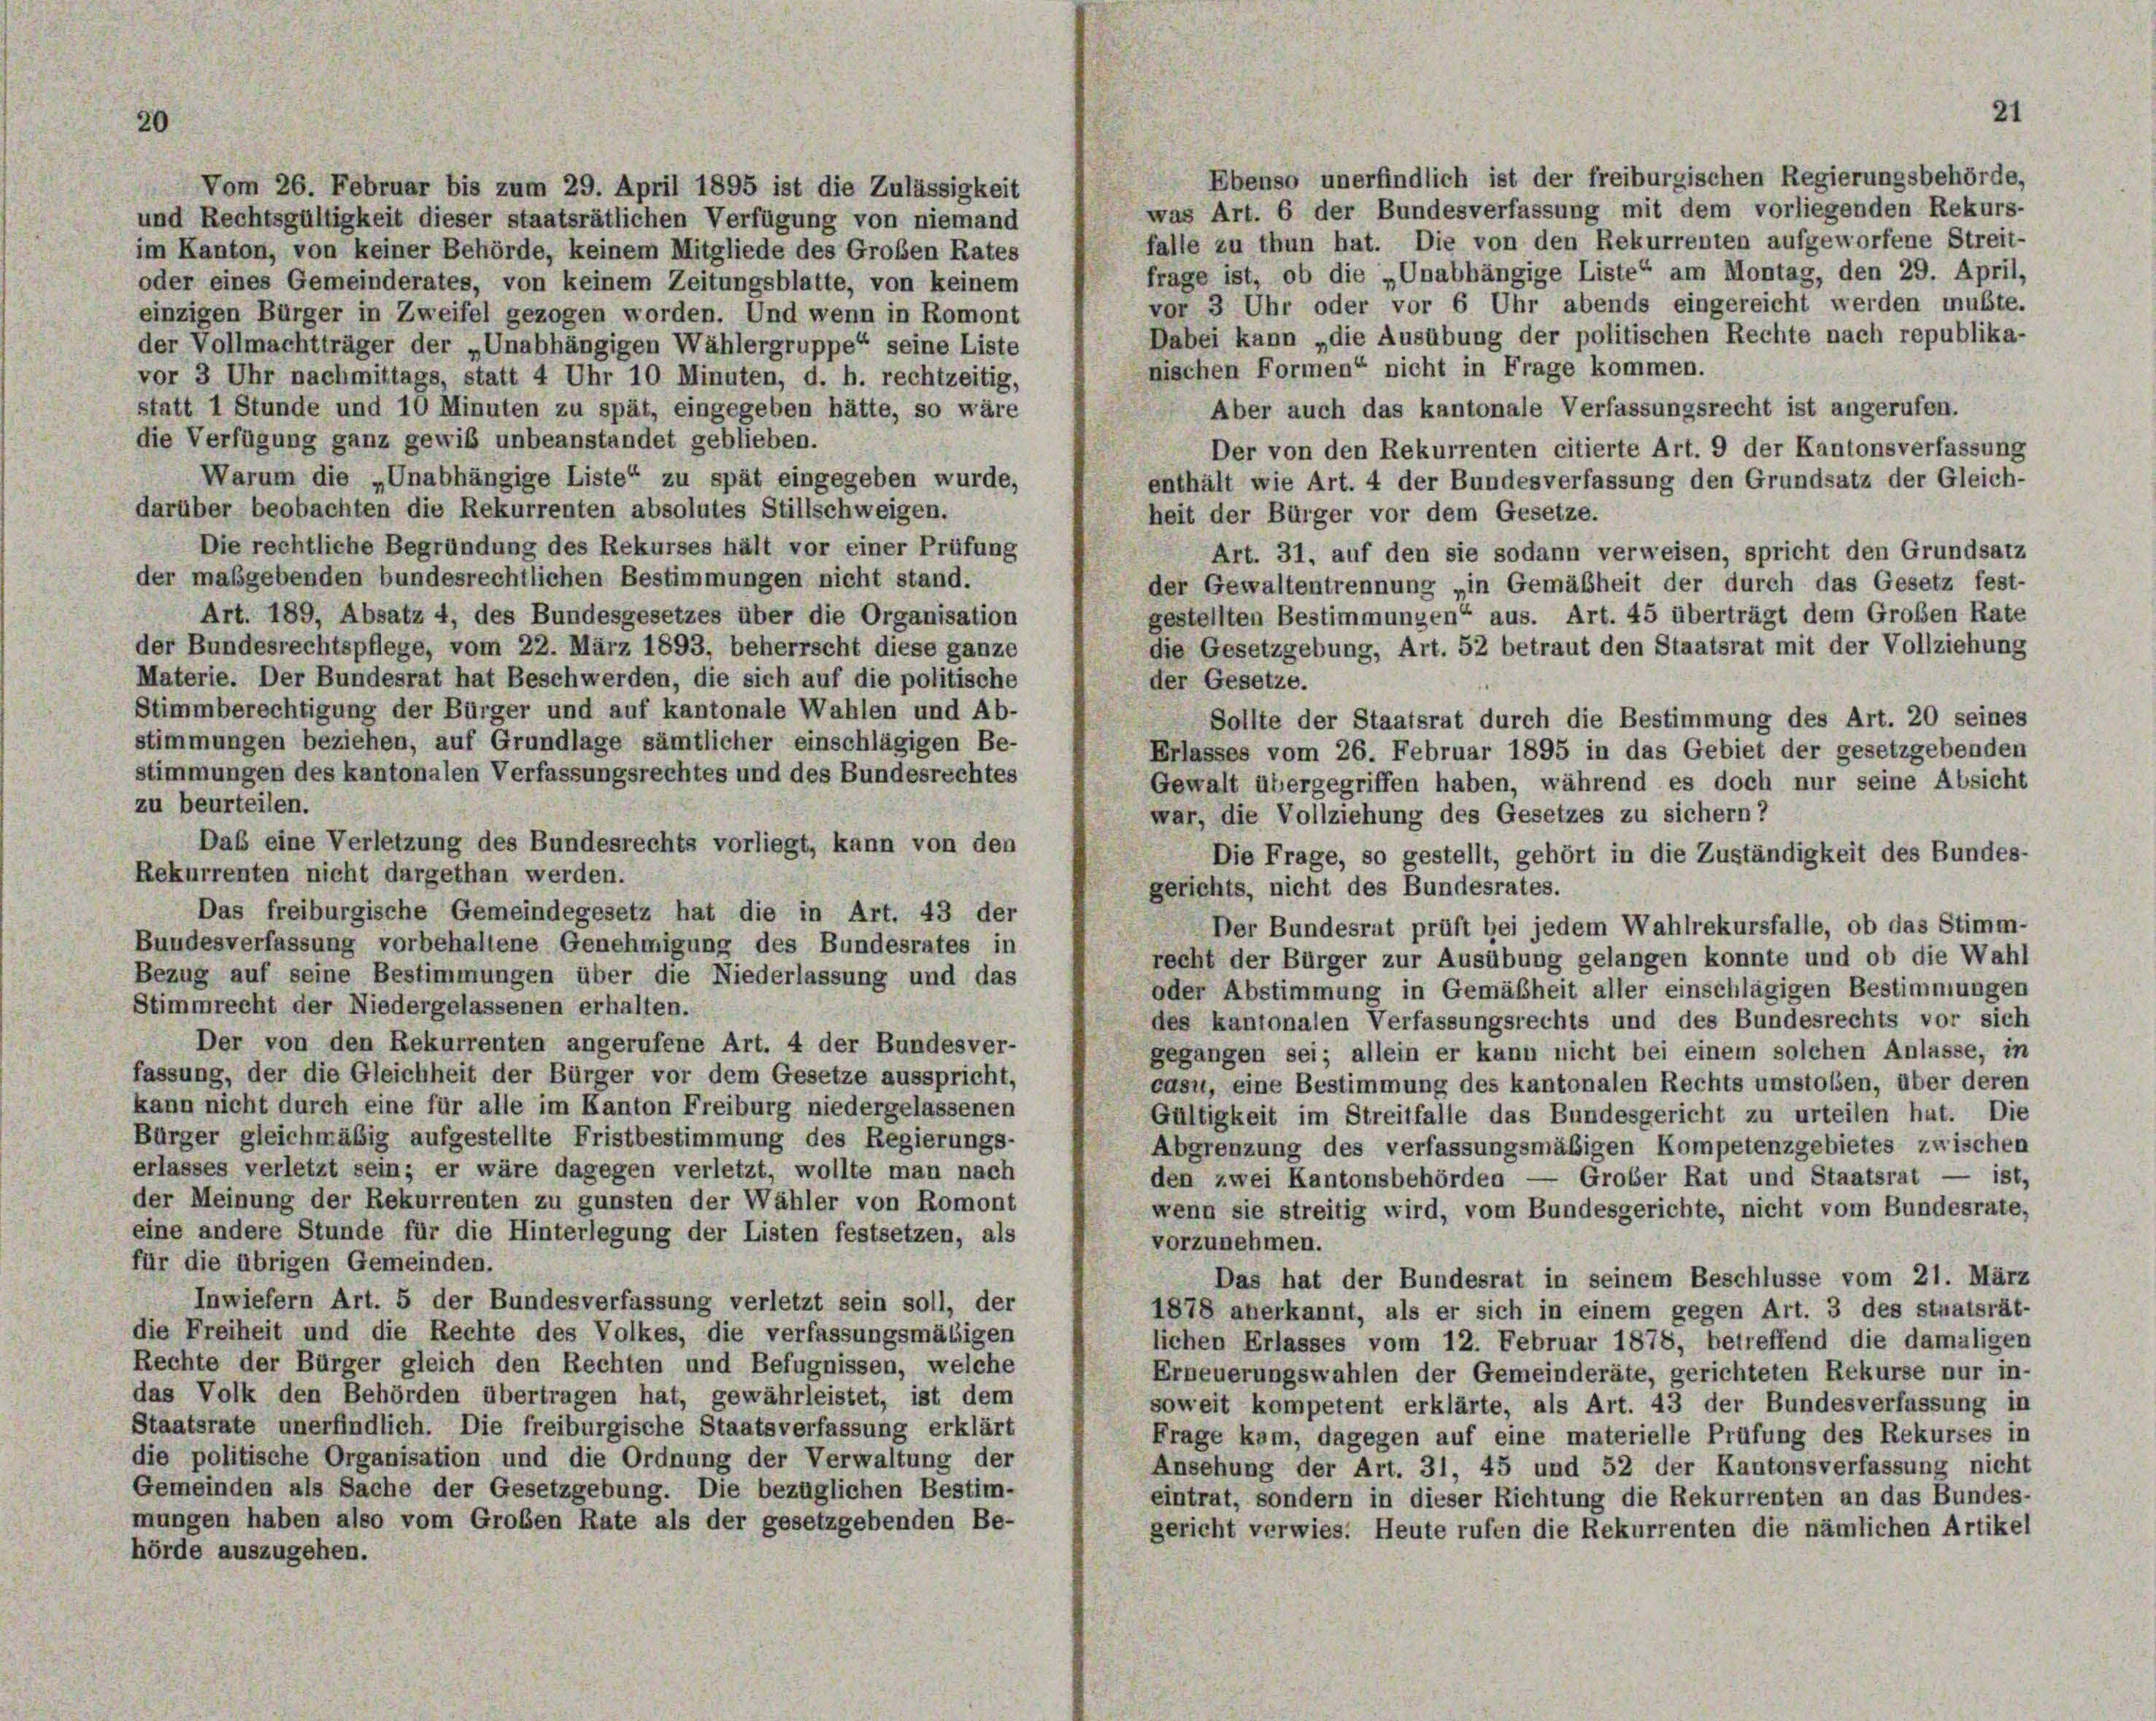
20
Ebenso unerfindlich ist der freiburgischen Regierungsbehörde,
Vom 26. Februar bis zum 29. April 1895 ist die Zulässigkeit
was Art. 6 der Bundesverfassung mit dem vorliegenden Rekurs-
und Rechtsgültigkeit dieser staatsrätlichen Verfügung von niemand
falle zu thun hat. Die von den Rekurrenten aufgeworfene Streit-
im Kanton, von keiner Behörde, keinem Mitgliede des Großen Rates
frage ist, ob die „Unabhängige Liste“ am Montag, den 29. April,
oder eines Gemeinderates, von keinem Zeitungsblatte, von keinem
vor 3 Uhr oder vor 6 Uhr abends eingereicht werden mußte.
einzigen Bürger in Zweifel gezogen worden. Und wenn in Romont
Dabei kann „die Ausübung der politischen Rechte nach republika-
der Vollmachtträger der „Unabhängigen Wählergruppe“ seine Liste
nischen Formen“ nicht in Frage kommen.
vor 3 Uhr nachmittags, statt 4 Uhr 10 Minuten, d. h. rechtzeitig,
statt 1 Stunde und 10 Minuten zu spät, eingegeben hätte, so wäre
Aber auch das kantonale Verfassungsrecht ist angerufen.
die Verfügung ganz gewib unbeanstandet geblieben.
Der von den Rekurrenten citierte Art. 9 der Kantonsverfassung
Warum die „Unabhängige Liste“ zu spät eingegeben wurde,
enthält wie Art. 4 der Bundesverfassung den Grundsatz der Gleich-
darüber beobachten die Rekurrenten absolutes Stillschweigen.
heit der Bürger vor dem Gesetze.
Die rechtliche Begründung des Rekurses hält vor einer Prüfung
Art. 31, auf den sie sodann verweisen, spricht den Grundsatz
der maßgebenden bundesrechtlichen Bestimmungen nicht stand.
der Gewaltentrennung „in Gemäßheit der durch das Gesetz fest-
gestellten Bestimmungen“ aus. Art. 45 überträgt dem Großen Rate
Art. 189, Absatz 4, des Bundesgesetzes über die Organisation
der Bundesrechtspflege, vom 22. März 1893, beherrscht diese ganze
die Gesetzgebung, Art. 52 betraut den Staatsrat mit der Vollziehung
Materie. Der Bundesrat hat Beschwerden, die sich auf die politische
der Gesetze.
Stimmberechtigung der Bürger und auf kantonale Wahlen und Ab-
Sollte der Staatsrat durch die Bestimmung des Art. 20 seines
stimmungen beziehen, auf Grundlage sämtlicher einschlägigen Be-
Erlasses vom 26. Februar 1895 in das Gebiet der gesetzgebenden
stimmungen des kantonalen Verfassungsrechtes und des Bundesrechtes
Gewalt übergegriffen haben, während es doch nur seine Absicht
zu beurteilen.
war, die Vollziehung des Gesetzes zu sichern?
Das eine Verletzung des Bundesrechts vorliegt, kann von den
Die Frage, so gestellt, gehört in die Zuständigkeit des Bundes-
Rekurrenten nicht dargethan werden.
gerichts, nicht des Bundesrates.
Das freiburgische Gemeindegesetz hat die in Art. 43 der
Der Bundesrat prüft bei jedem Wahlrekursfalle, ob das Stimm-
Bundesverfassung vorbehaltene Genehmigung des Bundesrates in
recht der Bürger zur Ausübung gelangen konnte und ob die Wahl
Bezug auf seine Bestimmungen über die Niederlassung und das
oder Abstimmung in Gemäßheit aller einschlägigen Bestimmungen
Stimmrecht der Niedergelassenen erhalten.
des kantonalen Verfassungsrechts und des Bundesrechts vor sich
Der von den Rekurrenten angerufene Art. 4 der Bundesver-
gegangen sei; allein er kann nicht bei einem solchen Anlasse, in
fassung, der die Gleichheit der Bürger vor dem Gesetze ausspricht,
casi, eine Bestimmung des kantonalen Rechts umstolsen, über deren
kann nicht durch eine für alle im Kanton Freiburg niedergelassenen
Gültigkeit im Streitfalle das Bundesgericht zu urteilen hat. Die
Bürger gleichmäßig aufgestellte Fristbestimmung des Regierungs-
Abgrenzung des verfassungsmäßigen Kompetenzgebietes zwischen
erlasses verletzt sein; er wäre dagegen verletzt, wollte man nach
den zwei Kantonsbehörden — Grober Rat und Staatsrat — ist,
der Meinung der Rekurrenten zu gunsten der Wähler von Romont
wenn sie streitig wird, vom Bundesgerichte, nicht vom Bundesrate,
eine andere Stunde für die Hinterlegung der Listen festsetzen, als
vorzunehmen.
für die übrigen Gemeinden.
Das hat der Bundesrat in seinem Beschlüsse vom 21. März
Inwiefern Art. 5 der Bundesverfassung verletzt sein soll, der
1878 anerkannt, als er sich in einem gegen Art. 3 des staatsrät-
die Freiheit und die Rechte des Volkes, die verfassungsmäßigen
lichen Erlasses vom 12. Februar 1878, betreffend die damaligen
Rechte der Bürger gleich den Rechten und Befugnissen, welche
Erneuerungswahlen der Gemeinderäte, gerichteten Rekurse nur in-
das Volk den Behörden übertragen hat, gewährleistet, ist dem
soweit kompetent erklärte, als Art. 43 der Bundesverfassung in
Staatsrate unerfindlich. Die freiburgische Staatsverfassung erklärt
Frage kam, dagegen auf eine materielle Prüfung des Rekurses in
die politische Organisation und die Ordnung der Verwaltung der
Ansehung der Art. 31, 45 und 52 der Kantonsverfassung nicht
Gemeinden als Sache der Gesetzgebung. Die bezüglichen Bestim-
eintrat, sondern in dieser Richtung die Rekurrenten an das Bundes-
mungen haben also vom Großen Rate als der gesetzgebenden Be-
gericht verwies. Heute rufen die Rekurrenten die nämlichen Artikel
hörde auszugehen.

21